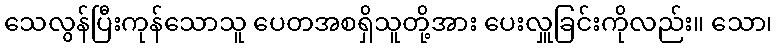
သေလွန်ပြီးကုန်သောသူ ပေတအစရှိသူတို့အား ပေးလှူခြင်းကိုလည်း။ သော၊